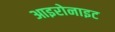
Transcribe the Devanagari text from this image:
आइरोनाइट